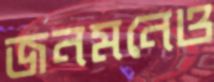
জনমনেও